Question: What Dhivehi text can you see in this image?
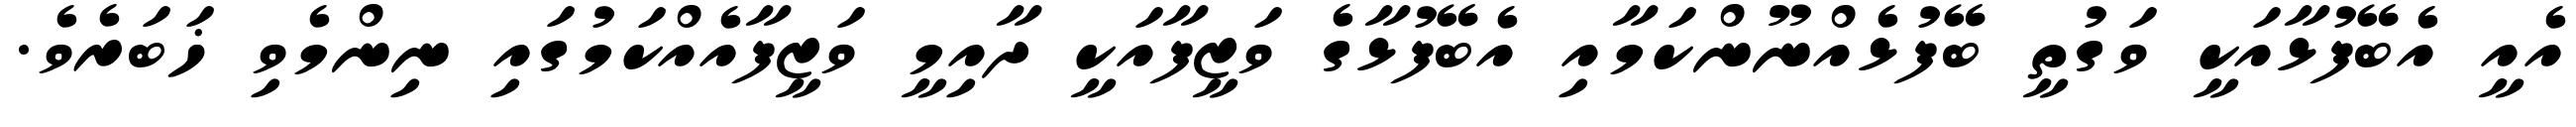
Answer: އެއީ އެބޭފުޅާއަކީ ވަގުތީ ބޭފުޅެއްނޫންކަމާއި އެބޭފުޅާގެ ވަޒީފާއަކީ ދާއިމީ ވަޒީފާއެއްކަމުގައި ނިންމެވި ޚަބަރެވެ.